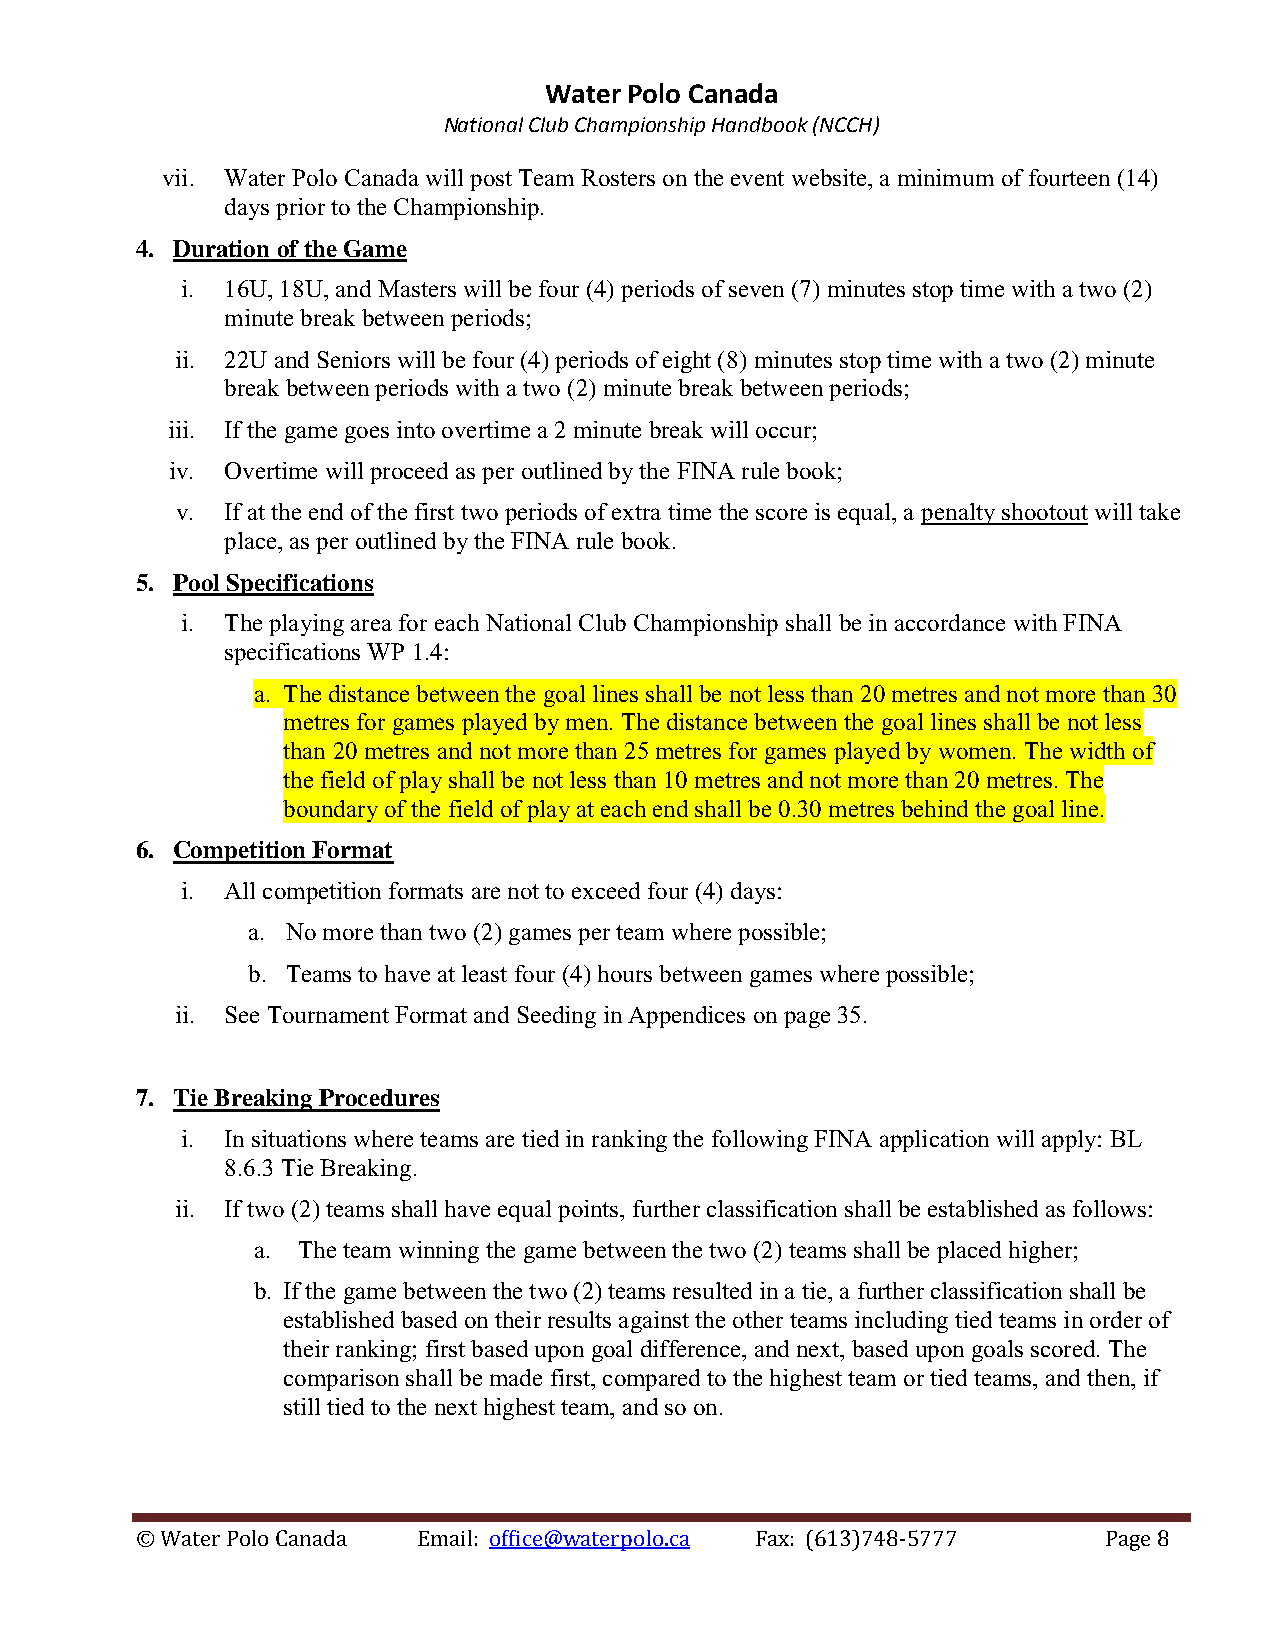
Water Polo Canada
 National Club Championship Handbook (NCCH)
 vii. Water Polo Canada will post Team Rosters on the event website, a minimum of fourteen (14)
 days prior to the Championship.
 4. Duration of the Game
 i. 16U, 18U, and Masters will be four (4) periods of seven (7) minutes stop time with a two (2)
 minute break between periods;
 ii. 22U and Seniors will be four (4) periods of eight (8) minutes stop time with a two (2) minute
 break between periods with a two (2) minute break between periods;
 iii. If the game goes into overtime a 2 minute break will occur;
 iv. Overtime will proceed as per outlined by the FINA rule book;
 v. If at the end of the first two periods of extra time the score is equal, a penalty shootout will take
 place, as per outlined by the FINA rule book.
 5. Pool Specifications
 i. The playing area for each National Club Championship shall be in accordance with FINA
 specifications WP 1.4:
 a. The distance between the goal lines shall be not less than 20 metres and not more than 30
 metres for games played by men. The distance between the goal lines shall be not less
 than 20 metres and not more than 25 metres for games played by women. The width of
 the field of play shall be not less than 10 metres and not more than 20 metres. The
 boundary of the field of play at each end shall be 0.30 metres behind the goal line.
 6. Competition Format
 i. All competition formats are not to exceed four (4) days:
 a. No more than two (2) games per team where possible;
 b. Teams to have at least four (4) hours between games where possible;
 ii. See Tournament Format and Seeding in Appendices on page 35.
 7. Tie Breaking Procedures
 i. In situations where teams are tied in ranking the following FINA application will apply: BL
 8.6.3 Tie Breaking.
 ii. If two (2) teams shall have equal points, further classification shall be established as follows:
 a. The team winning the game between the two (2) teams shall be placed higher;
 b. If the game between the two (2) teams resulted in a tie, a further classification shall be
 established based on their results against the other teams including tied teams in order of
 their ranking; first based upon goal difference, and next, based upon goals scored. The
 comparison shall be made first, compared to the highest team or tied teams, and then, if
 still tied to the next highest team, and so on.
 © Water Polo Canada Email: office@waterpolo.ca Fax: (613)748-5777 Page 8